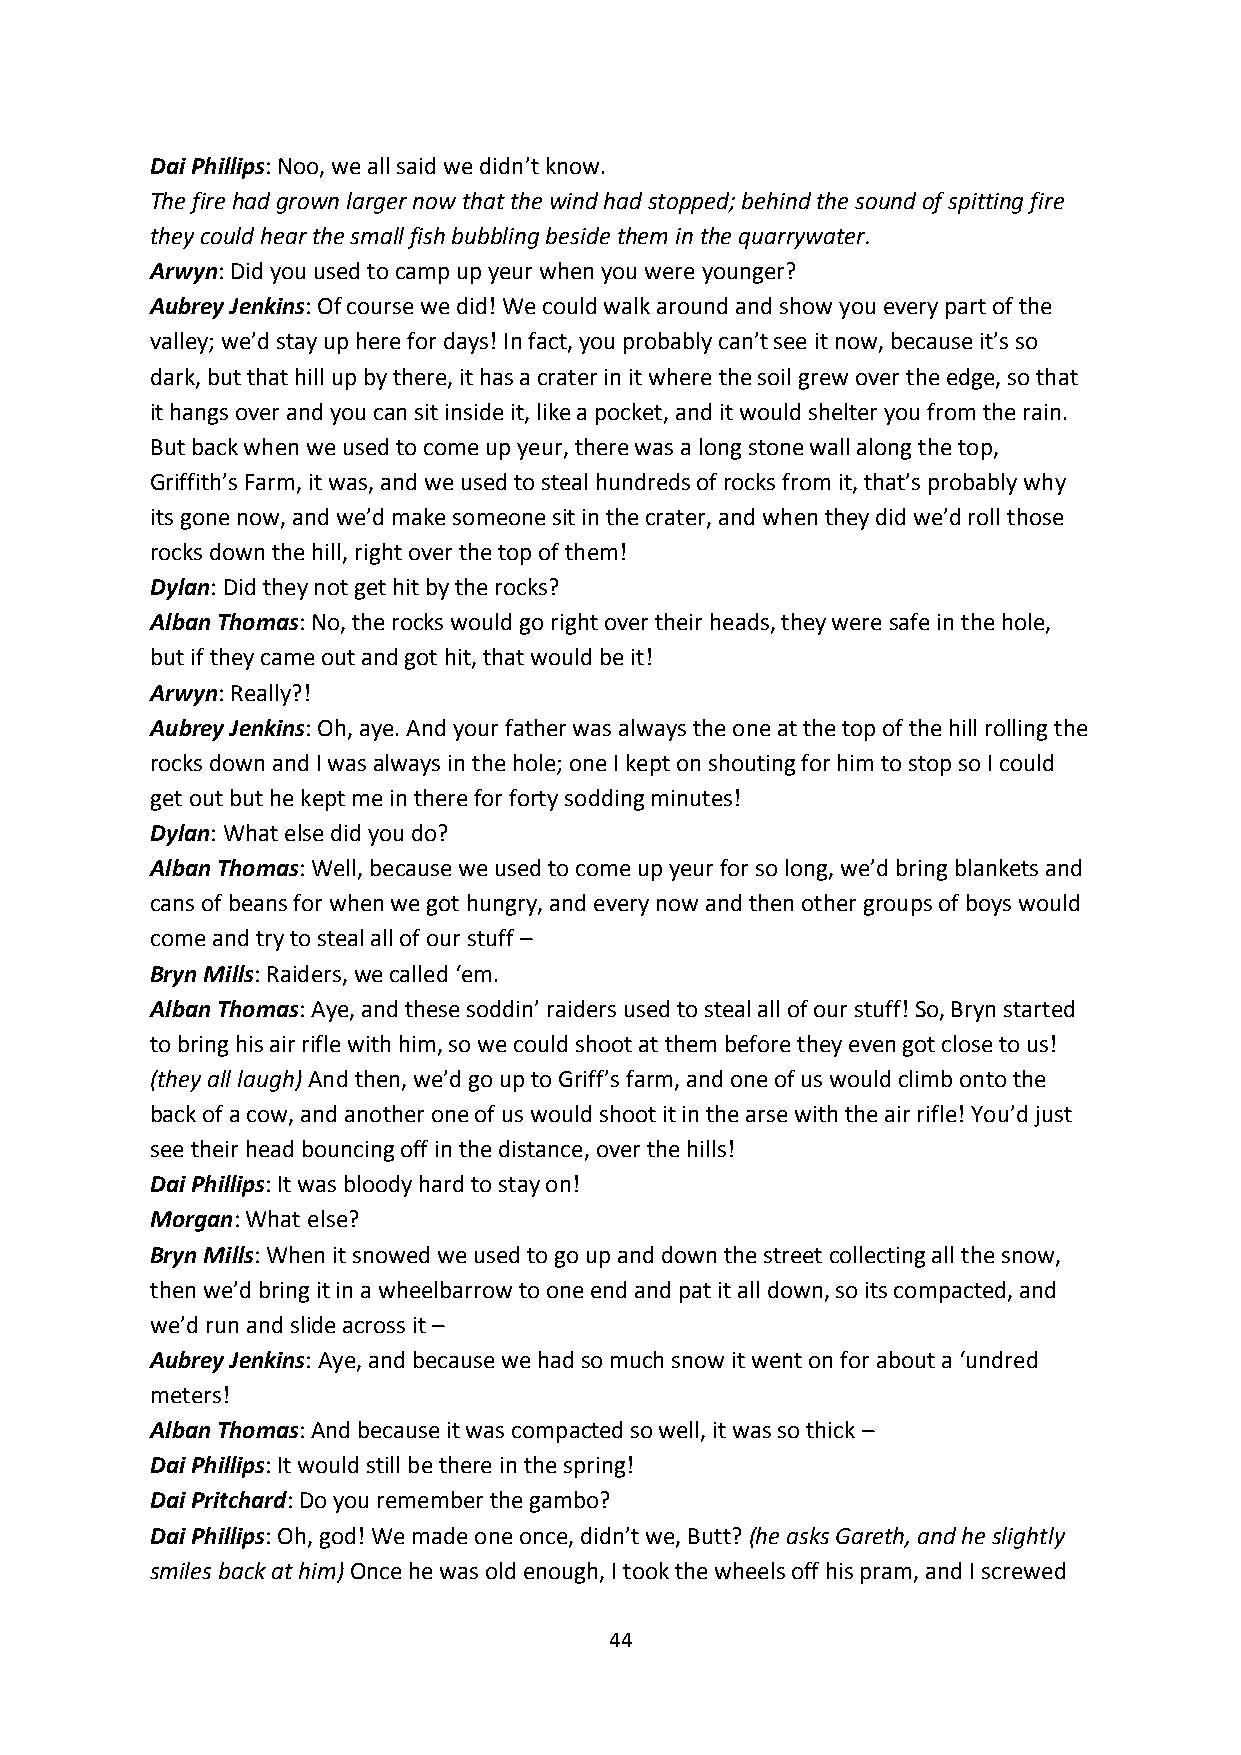
Dai Phillips: Noo, we all said we didn’t know.
 The fire had grown larger now that the wind had stopped; behind the sound of spitting fire
 they could hear the small fish bubbling beside them in the quarrywater.
 Arwyn: Did you used to camp up yeur when you were younger?
 Aubrey Jenkins: Of course we did! We could walk around and show you every part of the
 valley; we’d stay up here for days! In fact, you probably can’t see it now, because it’s so
 dark, but that hill up by there, it has a crater in it where the soil grew over the edge, so that
 it hangs over and you can sit inside it, like a pocket, and it would shelter you from the rain.
 But back when we used to come up yeur, there was a long stone wall along the top,
 Griffith’s Farm, it was, and we used to steal hundreds of rocks from it, that’s probably why
 its gone now, and we’d make someone sit in the crater, and when they did we’d roll those
 rocks down the hill, right over the top of them!
 Dylan: Did they not get hit by the rocks?
 Alban Thomas: No, the rocks would go right over their heads, they were safe in the hole,
 but if they came out and got hit, that would be it!
 Arwyn: Really?!
 Aubrey Jenkins: Oh, aye. And your father was always the one at the top of the hill rolling the
 rocks down and I was always in the hole; one I kept on shouting for him to stop so I could
 get out but he kept me in there for forty sodding minutes!
 Dylan: What else did you do?
 Alban Thomas: Well, because we used to come up yeur for so long, we’d bring blankets and
 cans of beans for when we got hungry, and every now and then other groups of boys would
 come and try to steal all of our stuff –
 Bryn Mills: Raiders, we called ‘em.
 Alban Thomas: Aye, and these soddin’ raiders used to steal all of our stuff! So, Bryn started
 to bring his air rifle with him, so we could shoot at them before they even got close to us!
 (they all laugh) And then, we’d go up to Griff’s farm, and one of us would climb onto the
 back of a cow, and another one of us would shoot it in the arse with the air rifle! You’d just
 see their head bouncing off in the distance, over the hills!
 Dai Phillips: It was bloody hard to stay on!
 Morgan: What else?
 Bryn Mills: When it snowed we used to go up and down the street collecting all the snow,
 then we’d bring it in a wheelbarrow to one end and pat it all down, so its compacted, and
 we’d run and slide across it –
 Aubrey Jenkins: Aye, and because we had so much snow it went on for about a ‘undred
 meters!
 Alban Thomas: And because it was compacted so well, it was so thick –
 Dai Phillips: It would still be there in the spring!
 Dai Pritchard: Do you remember the gambo?
 Dai Phillips: Oh, god! We made one once, didn’t we, Butt? (he asks Gareth, and he slightly
 smiles back at him) Once he was old enough, I took the wheels off his pram, and I screwed
 44